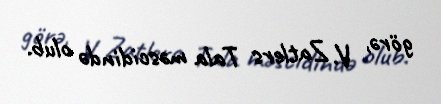
görə, V. Zatlers Tala məscidində olub.